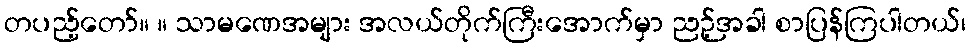
တပည့်တော်။ ။ သာမဏေအများ အလယ်တိုက်ကြီးအောက်မှာ ညဉ့်အခါ စာပြန်ကြပါတယ်၊